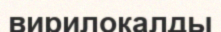
вирилокалды